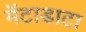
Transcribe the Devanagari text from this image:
मॅटाडाटा